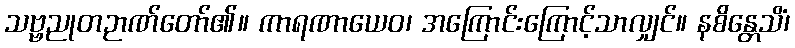
သဗ္ဗညုတဉာဏ်တော်၏။ ကာရဏာယေဝ၊ အကြောင်းကြောင့်သာလျှင်။ နစိန္တေသိံ၊